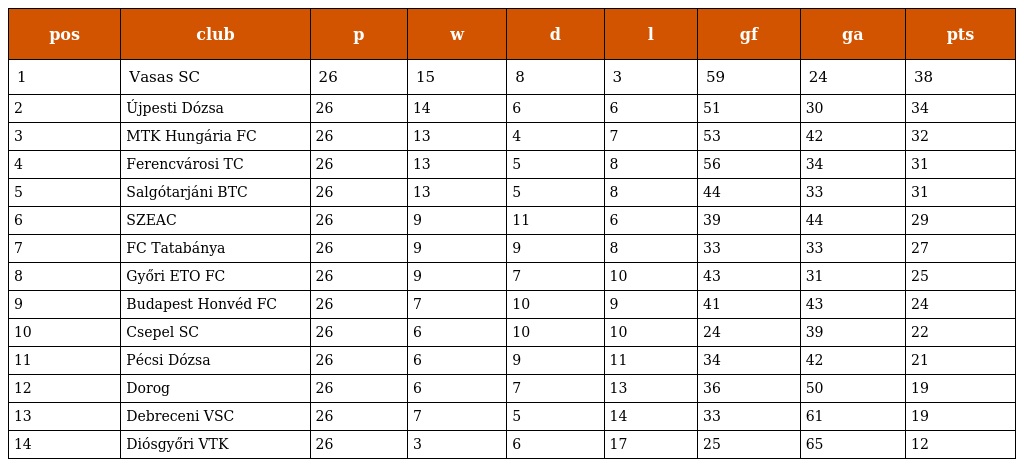
| pos | club | p | w | d | l | gf | ga | pts |
 | --- | --- | --- | --- | --- | --- | --- | --- | --- |
 | 1 | Vasas SC | 26 | 15 | 8 | 3 | 59 | 24 | 38 |
 | 2 | Újpesti Dózsa | 26 | 14 | 6 | 6 | 51 | 30 | 34 |
 | 3 | MTK Hungária FC | 26 | 13 | 4 | 7 | 53 | 42 | 32 |
 | 4 | Ferencvárosi TC | 26 | 13 | 5 | 8 | 56 | 34 | 31 |
 | 5 | Salgótarjáni BTC | 26 | 13 | 5 | 8 | 44 | 33 | 31 |
 | 6 | SZEAC | 26 | 9 | 11 | 6 | 39 | 44 | 29 |
 | 7 | FC Tatabánya | 26 | 9 | 9 | 8 | 33 | 33 | 27 |
 | 8 | Győri ETO FC | 26 | 9 | 7 | 10 | 43 | 31 | 25 |
 | 9 | Budapest Honvéd FC | 26 | 7 | 10 | 9 | 41 | 43 | 24 |
 | 10 | Csepel SC | 26 | 6 | 10 | 10 | 24 | 39 | 22 |
 | 11 | Pécsi Dózsa | 26 | 6 | 9 | 11 | 34 | 42 | 21 |
 | 12 | Dorog | 26 | 6 | 7 | 13 | 36 | 50 | 19 |
 | 13 | Debreceni VSC | 26 | 7 | 5 | 14 | 33 | 61 | 19 |
 | 14 | Diósgyőri VTK | 26 | 3 | 6 | 17 | 25 | 65 | 12 |